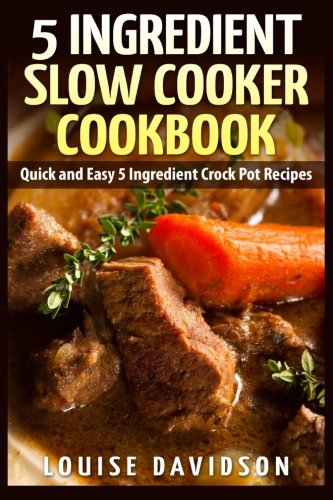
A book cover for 5 Ingredient Slow Cooker Cookbook: Quick and Easy 5 Ingredient Crock Pot Recipes; Louise Davidson; Cookbooks, Food & Wine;